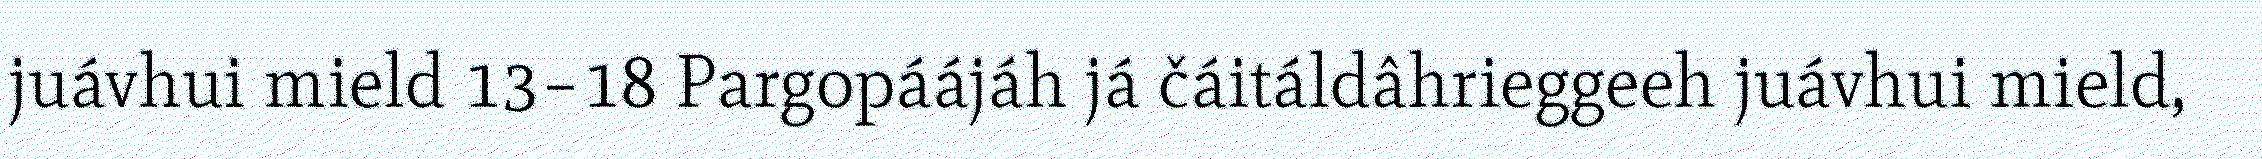
juávhui mield 13–18 Pargopáájáh já čáitáldâhrieggeeh juávhui mield,